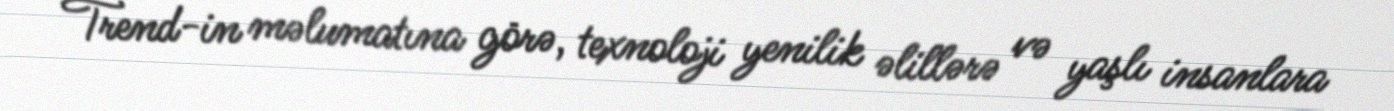
Trend-in məlumatına görə, texnoloji yenilik əlillərə və yaşlı insanlara